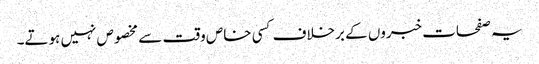
یہ صفحات خبروں کے برخلاف کسی خاص وقت سے مخصوص نہیں ہوتے۔